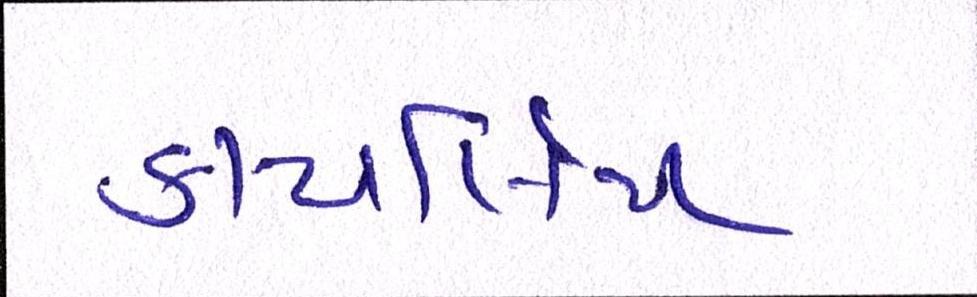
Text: કાયર્લિય